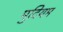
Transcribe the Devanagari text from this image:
मुदियम